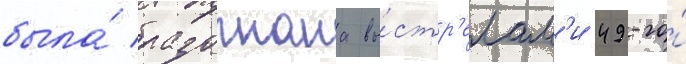
была́ разогнана вы́стр'елам'и 49-го́